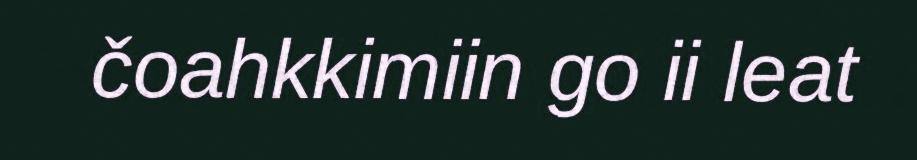
čoahkkimiin go ii leat